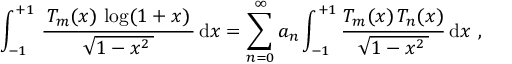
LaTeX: \int _ { - 1 } ^ { + 1 } \, { \frac { \, T _ { m } ( x ) \, \log ( 1 + x ) \, } { \, { \sqrt { 1 - x ^ { 2 } \, } } \, } } \, \mathrm { d } x = \sum _ { n = 0 } ^ { \infty } a _ { n } \int _ { - 1 } ^ { + 1 } { \frac { T _ { m } ( x ) \, T _ { n } ( x ) } { \, { \sqrt { 1 - x ^ { 2 } \, } } \, } } \, \mathrm { d } x ~ ,